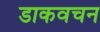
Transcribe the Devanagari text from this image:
डाकवचन